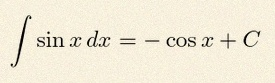
\int \sin x\,dx=-\cos x+C